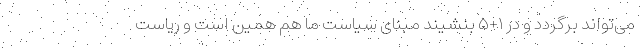
می‌تواند برگردد و در ۱+۵ بنشیند مبنای سیاست ما هم همین است و ریاست